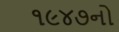
૧૯૪૭નો